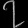
Digit: ၇